system: You are a helpful assistant.
user:
Analyze the provided spectrum to determine if it is a **"Cataclysmic Variables (CV)"**.

- **Key Indicators for CV (Check for either state):**
    - **State 1: Quiescent / Low-State (Emission-Dominated)**
        - **(Primary):** Strong and *very broad* Hydrogen Balmer emission lines (e.g., $H\alpha$ at 6563 Å, $H\beta$ at 4861 Å). The 'broadness' (high velocity dispersion, often FWHM > 1000 km/s) is the key diagnostic, indicating a high-velocity accretion disk.
        - **(Secondary):** Broad neutral Helium (He I) emission lines (e.g., 5876 Å, 6678 Å).
        - **(Key Confirmation):** Presence of high-excitation *ionized* Helium (He II) emission at 4686 Å. This is a strong indicator of accretion onto a white dwarf.
        - **(Line Profile):** Emission lines may exhibit a 'double-peaked' profile, which is a classic signature of a rotating accretion disk viewed at high inclination.

    - **State 2: Outburst / High-State (Absorption-Dominated)**
        - **(Primary):** Spectrum is dominated by a bright, blue continuum (looks like a hot star).
        - **(Secondary):** The emission lines from State 1 are weak, absent, or 'filled in', and are replaced by broad, shallow *absorption* lines (primarily Balmer and He I).
        - **(Morphology):** The overall spectrum mimics a hot B/A-type star. The crucial difference is that the absorption lines are significantly broader, shallower, and more 'washed-out' (or 'smeared') than the sharp lines of a normal stellar photosphere, due to high rotational speeds and pressure broadening in the disk.

Think first, call **spectral_visualization_tool** if needed to examine features in detail, then provide your final answer. Your response must adhere to the following strict rules:
1.  **Overall Structure:** Your response must follow the format `<think>...</think> <tool_call>...</tool_call> (if a tool is used) <answer>...</answer>`.
2.  **Tool Usage Constraint:** You may only make **one** tool call per turn.
3.  **Final Answer Format:** In the `<answer>` tag, your conclusion must be inside a `\boxed{}` command (e.g., `\boxed{YES}`), followed by your justification.

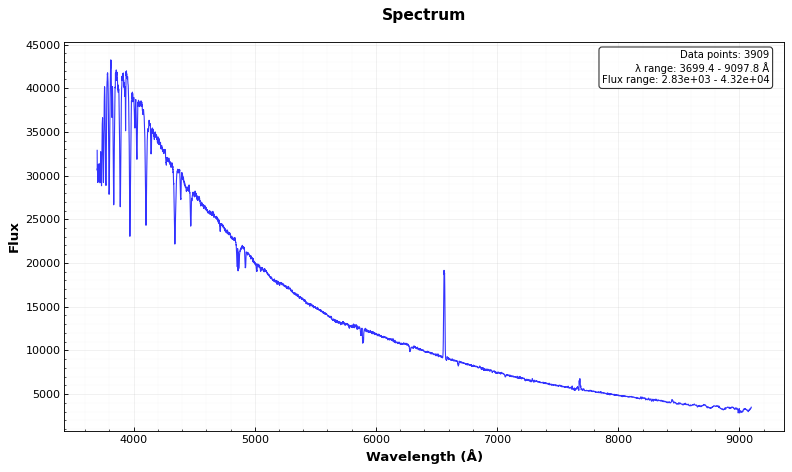
Answer: NO